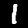
Digit: 1